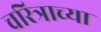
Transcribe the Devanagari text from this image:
चरित्राच्या